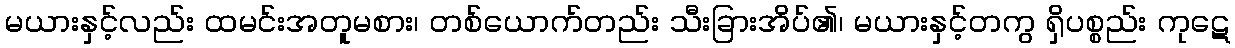
မယားနှင့်လည်း ထမင်းအတူမစား၊ တစ်ယောက်တည်း သီးခြားအိပ်၏၊ မယားနှင့်တကွ ရှိပစ္စည်း ကုဋေ